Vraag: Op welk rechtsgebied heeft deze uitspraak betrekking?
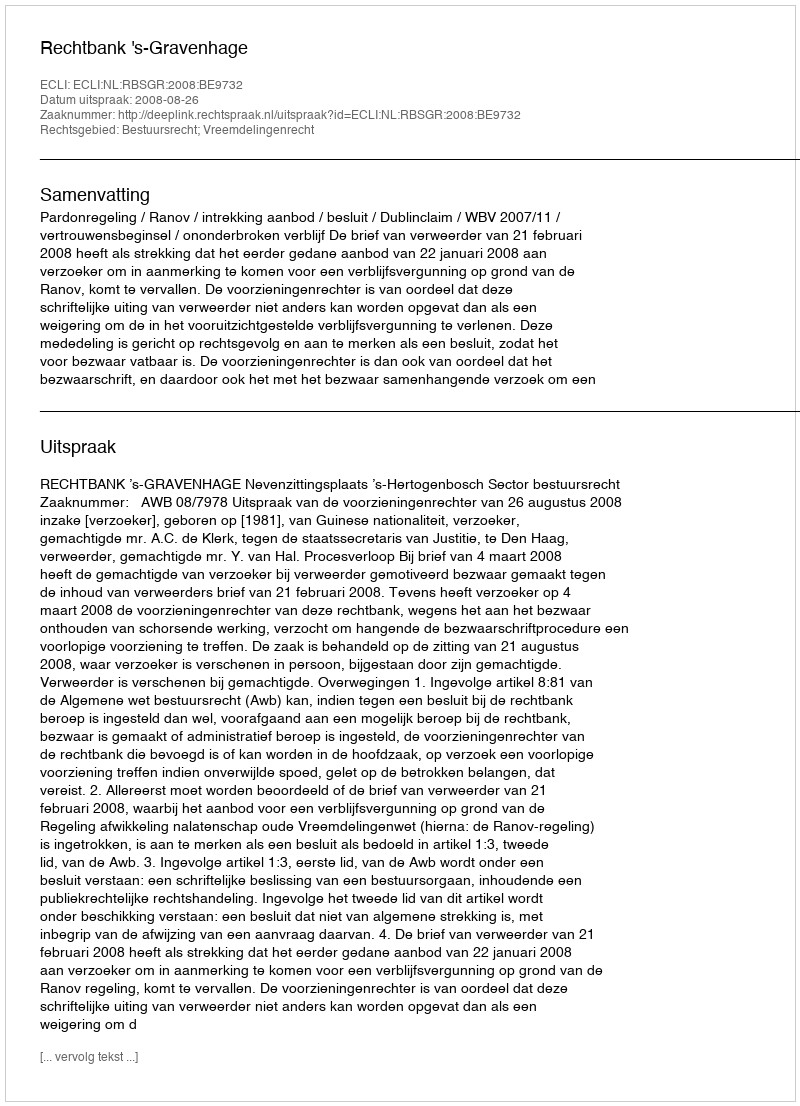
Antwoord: Bestuursrecht; Vreemdelingenrecht